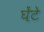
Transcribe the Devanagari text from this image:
घेंटे